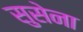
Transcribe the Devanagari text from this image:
सुसेना